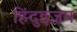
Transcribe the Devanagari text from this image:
हिंदुइज़म